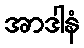
အာဒါနံ